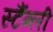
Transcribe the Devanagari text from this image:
स्टैंन्ली